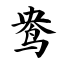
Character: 鸯